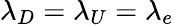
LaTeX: \lambda_{D}=\lambda_{U}=\lambda_{e}